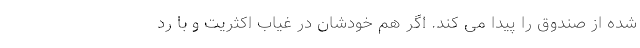
شده از صندوق را پیدا می کند. اگر هم خودشان در غیاب اکثریت و با رد